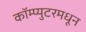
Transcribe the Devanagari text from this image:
कॉम्प्युटरमधून